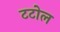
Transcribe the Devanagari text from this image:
टटोल